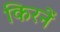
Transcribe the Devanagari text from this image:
किरनें